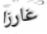
غارزا